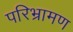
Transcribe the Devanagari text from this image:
परिभ्रामण